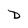
Character: D